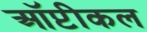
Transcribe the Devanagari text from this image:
ऑप्टीकल